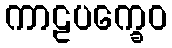
ကာဠပက္ခေဝ